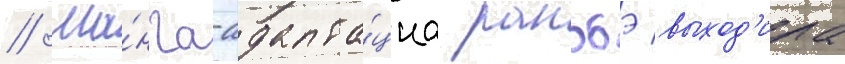
// Ма́нга-адапта́циа ранобэ выход'ила